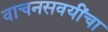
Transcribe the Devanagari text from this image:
वाचनसवयींचा